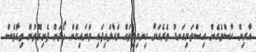
އާރިން ހާސްވެގެން އިސްތަށިގަނޑު ތެރެއަށް އިނގިލިތައް މަހާލައިފައި ވަށައިގެން ހޯދަން ފެށިގޮތުން ތިއާވެސް